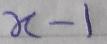
$x - 1$